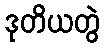
ဒုတိယတွဲ